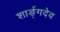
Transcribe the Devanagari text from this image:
शार्ङ्‌गदेव